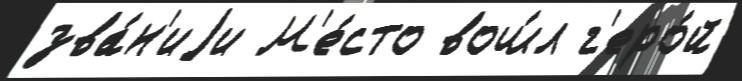
зва́н'иjи М'е́сто вош́л г'еро́й